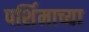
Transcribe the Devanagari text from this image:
पर्शिमाच्या